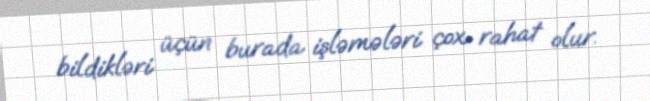
bildikləri üçün burada işləmələri çox rahat olur.